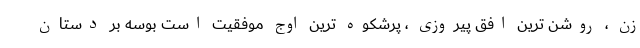
زن ، روشن ترین افق پیروزی ، پرشکوه ترین اوج موفقیت است بوسه بر دستان